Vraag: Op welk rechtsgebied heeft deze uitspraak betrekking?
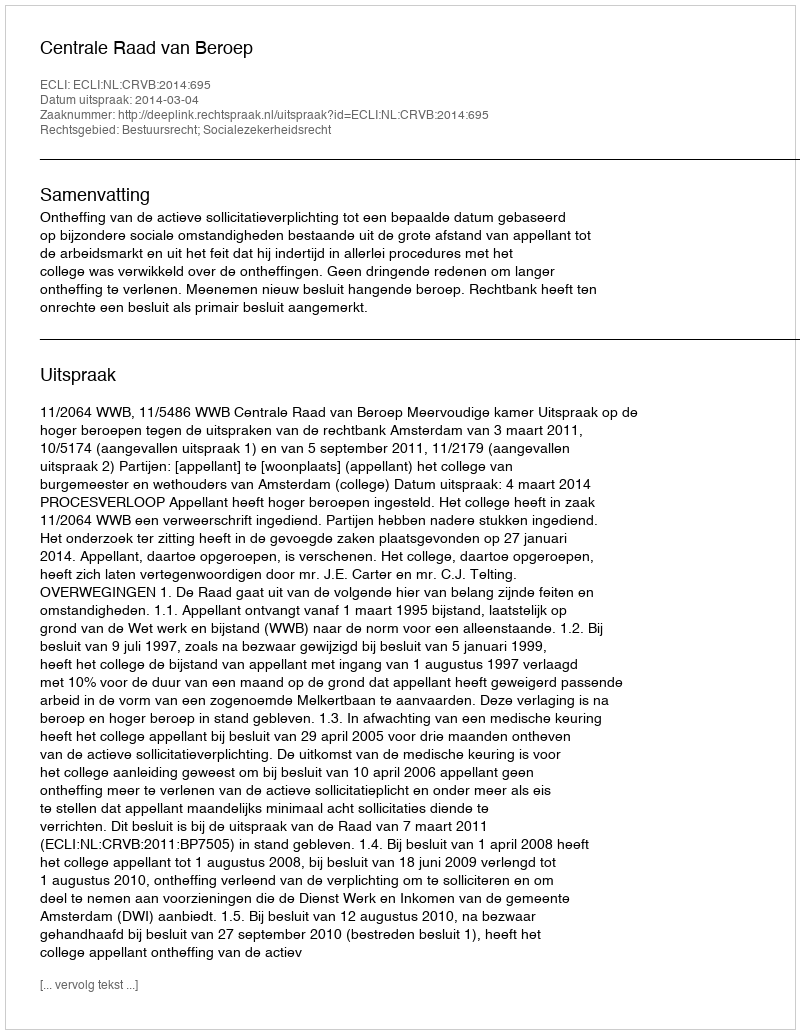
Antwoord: Bestuursrecht; Socialezekerheidsrecht